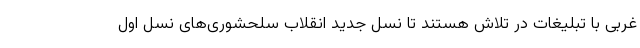
غربی با تبلیغات در تلاش هستند تا نسل جدید انقلاب سلحشوری‌های نسل اول